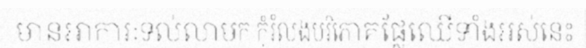
មានអាការៈទល់លាមក កុំរំលងបរិភោគផ្លែឈើទាំងអស់នេះ